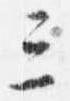
三